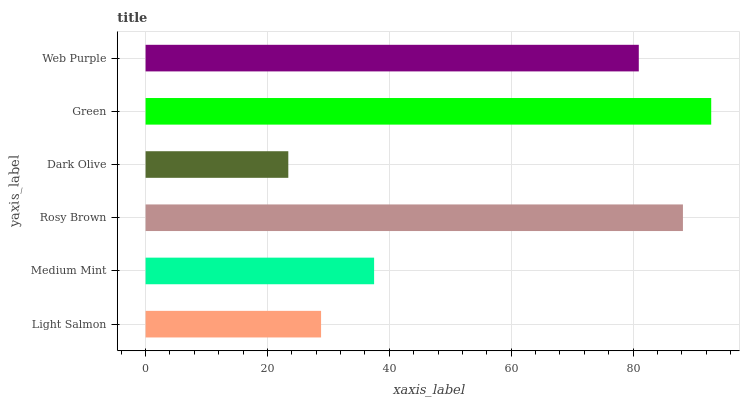
| yaxis_label | bars |
 | --- | --- |
 | Light Salmon | 28.8 |
 | Medium Mint | 37.5 |
 | Rosy Brown | 88.2 |
 | Dark Olive | 23.4 |
 | Green | 92.8 |
 | Web Purple | 80.9 |